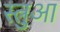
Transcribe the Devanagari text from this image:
स्त्रुआ